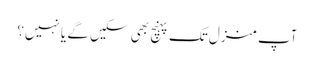
آپ منزل تک پہنچ بھی سکیں گے یا نہیں؟